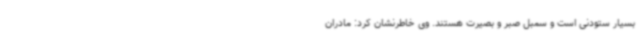
بسیار ستودنی است و سمبل صبر و بصیرت هستند. وی خاطرنشان کرد: مادران